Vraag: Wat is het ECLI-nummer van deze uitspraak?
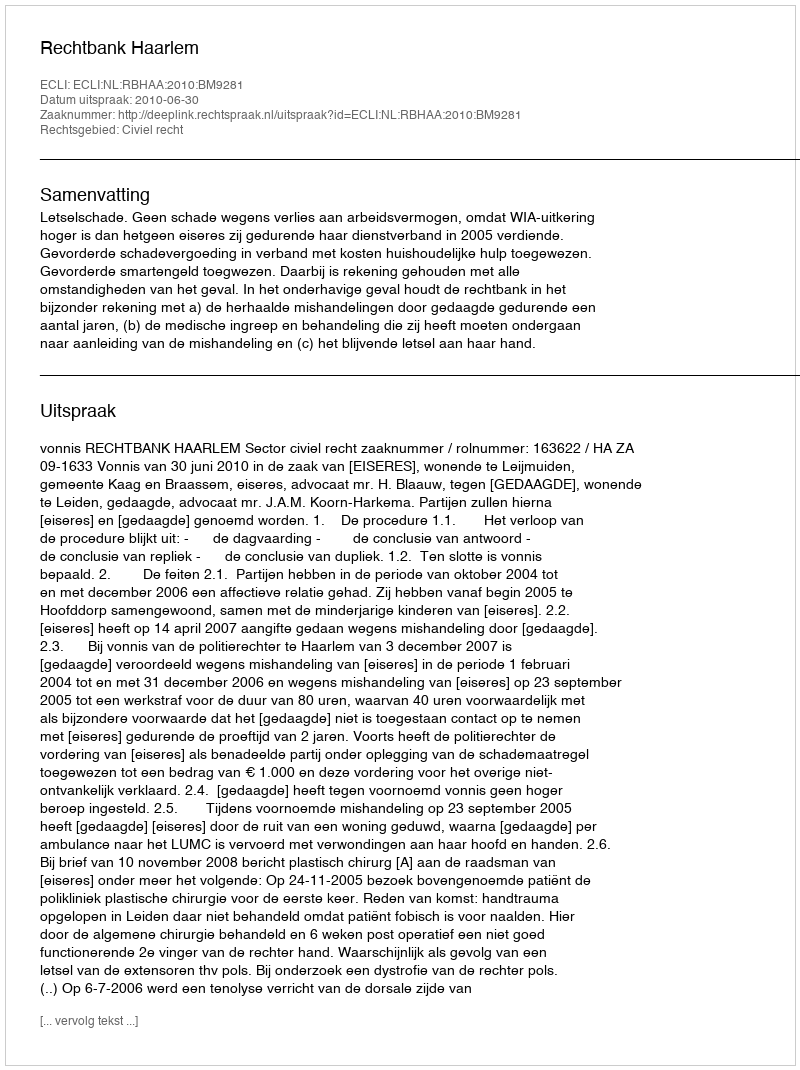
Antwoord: ECLI:NL:RBHAA:2010:BM9281